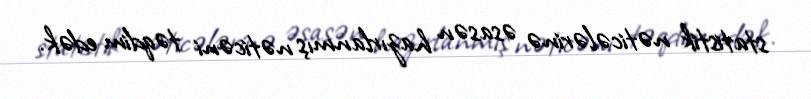
statistik nəticələrinə əsasən hazırlanmış nəticəni təqdim edək.